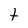
Character: t